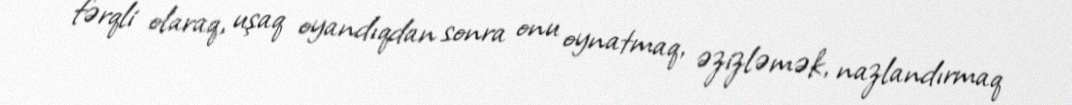
fərqli olaraq, uşaq oyandıqdan sonra onu oynatmaq, əzizləmək, nazlandırmaq